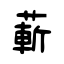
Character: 蔪